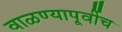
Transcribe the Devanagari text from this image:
वाळण्यापूर्वीच